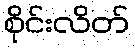
စိုင်းလိတ်